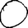
Digit: 0